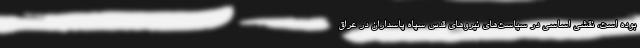
بوده است، نقشی اساسی در سیاست‌های نیروهای قدس سپاه پاسداران در عراق